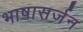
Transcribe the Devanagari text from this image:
भाषासर्जन